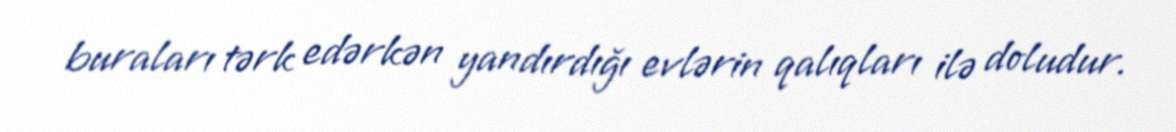
buraları tərk edərkən yandırdığı evlərin qalıqları ilə doludur.